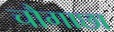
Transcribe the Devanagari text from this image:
चौगाछा